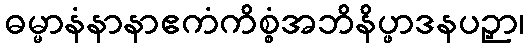
ဓမ္မာနံနာနာဧကံကိစ္စံအဘိနိပ္ဖာဒနပဉှာ၊